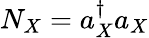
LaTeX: N_{X}=a_{X}^{\dagger}a_{X}